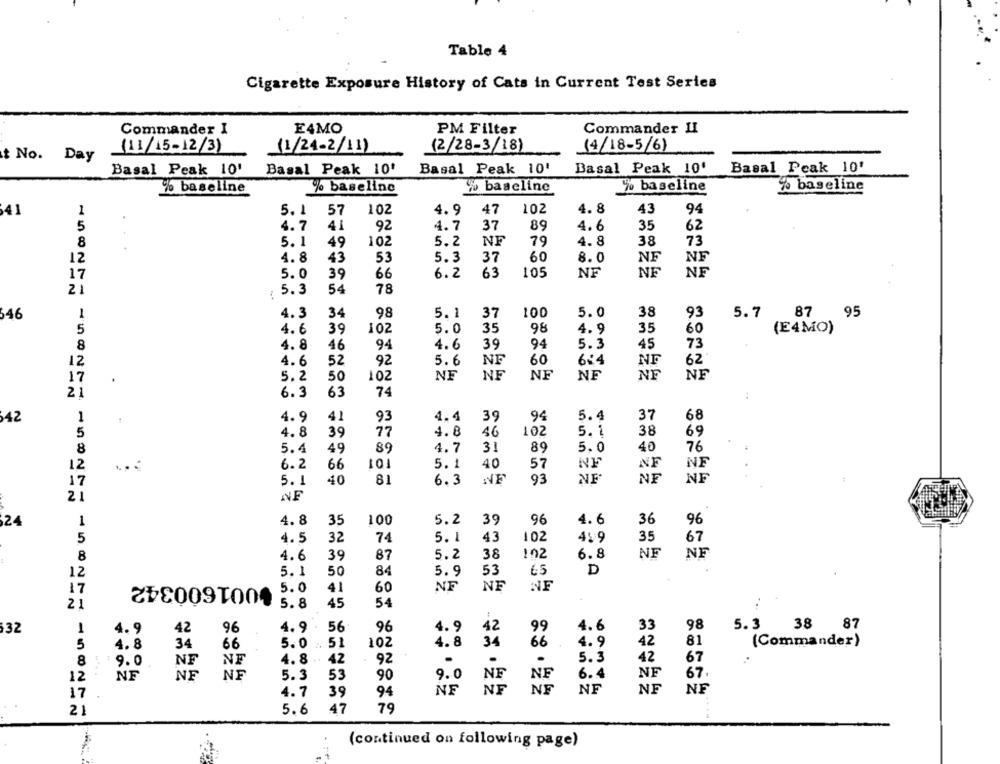
Table 4
Cigarette Exposure History of Cats in Current Test Series
Commander I
E4MO
PM Filter
Commander II
(11/15-12/3)
(1/24-2/11)
(2/28-3/18)
14/18-5/6)
t No. Day
Basal Peak 10'
Basal Peak 10' Basal Peak 10'
Basal Peak 10'
Basal Peak 10'
% baseline
% baseline
yo baseline
% baseline
% baseline
41
1
5.1
57
102
4.9
47
102
4.8
43
94
5
4.7
41
92
4.7
37
89
4. 6
35
62
8
5.1
49
102
5.2
NF
79
4. 8
38
73
12
4.8
43
53
5.3
37
60
8.0
NF
5.0
39
66
6.2
63
105
NF
NF
NF
17
5.3
54
78
21
98
100
5.0
38
5.7
87
95
546
1
4.3
34
5.1
37
93
39
5.0
35
98
35
60
(E4MO)
5
4.6
102
4. 9
94
39
94
5.3
45
8
4.8
46
4.6
73
60
6:4
12
4.6
52
92
5.6
NF
NF
62
NF
NE
17
5.2
50
102
NF
NF
NE
NF
6.3
63
74
42
1
4.9
41
93
4.4
39
94
5.4
37
68
5
4.8
39
77
4.8
46
102
5.1
38
69
8
5.4
49
89
4.7
31
89
5.0
40
76
12
6.2
66
101
5.1
40
57
NF
NF
NF
17
40
6.3
NF
93
NE
NF
NF
5.1
NF
4.6
36
24
1
4.8
35
100
5.2
39
96
96
5
4.5
32
74
5.1
43
102
4. 9
35
67
8
4.6
39
87
5.2
38
102
6.8
NF
NF
12
5.1
50
84
5.9
53
65
D
5.0
41
60
NF
NE
NE
17
2+80091005.8
45
54
21
96
4.9
42
4.6
33
98
5.3
38
87
32
1
4.9
42
96
4.9 .
56
99
34
51
102
4.8
34
66
4.9
81
(Commander)
5
4.8
66
5. 0.
42
92
.
.
5.3
8
9.0
NF
NF
4.8 . 42
42
67
12
NE
NE
NE
5.3
53
90
9.0
NE
NE
6.4
NF
67 .
NE
17
4.7
39
94
NE
NF
NF
NF
NE
5.6
47
79
21
(continued on following page)